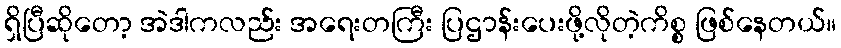
ရှိပြီဆိုတော့ အဲဒါကလည်း အရေးတကြီး ပြဌာန်းပေးဖို့လိုတဲ့ကိစ္စ ဖြစ်နေတယ်။